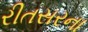
રીતસરના